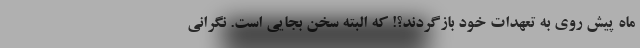
ماه پیش روی به تعهدات خود بازگردند؟! که البته سخن بجایی است. نگرانی